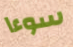
سوءا